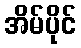
အိမ်ပိုင်